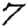
Digit: 7